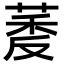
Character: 𬝔